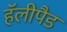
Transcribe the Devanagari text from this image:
हॅलीपैड